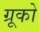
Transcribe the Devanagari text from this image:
ग्रूको